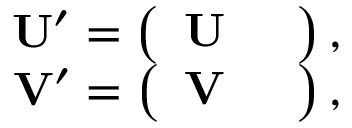
\begin{array} { r } { \mathrm { \bf U ^ { \prime } = \left( \begin{array} { l l } { \mathrm { \bf U } } & { } \end{array} \right) , } } \\ { \mathrm { \bf V ^ { \prime } = \left( \begin{array} { l l } { \mathrm { \bf V } } & { } \end{array} \right) , } } \end{array}